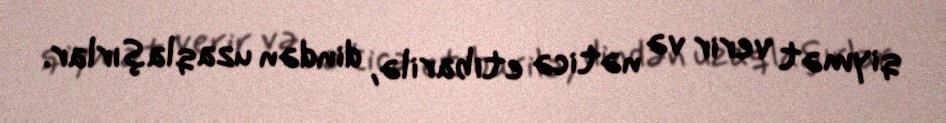
qiymət verir və nəticə etibarilə, dindən uzaqlaşırlar.